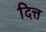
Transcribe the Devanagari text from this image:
दित्त